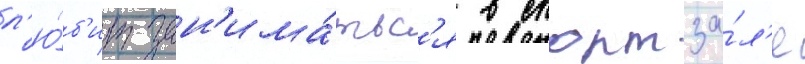
л'ю́б'ит зан'има́тьс'я в спортза́л'е